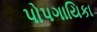
પોપગાયિકા